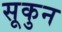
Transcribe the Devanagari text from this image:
सूकुन